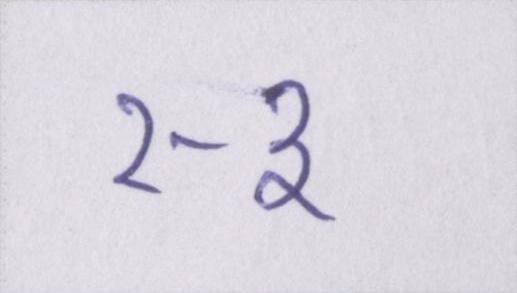
२-३